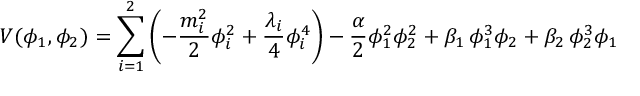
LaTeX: V ( \phi _ { 1 } , \phi _ { 2 } ) = \sum _ { i = 1 } ^ { 2 } \left( - { \frac { m _ { i } ^ { 2 } } { 2 } } \phi _ { i } ^ { 2 } + { \frac { \lambda _ { i } } { 4 } } \phi _ { i } ^ { 4 } \right) - { \frac { \alpha } { 2 } } \phi _ { 1 } ^ { 2 } \phi _ { 2 } ^ { 2 } + \beta _ { 1 } \, \phi _ { 1 } ^ { 3 } \phi _ { 2 } + \beta _ { 2 } \, \phi _ { 2 } ^ { 3 } \phi _ { 1 }